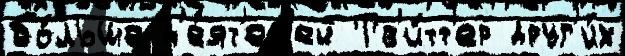
бо́льше д'е́ят'ел'ей Тв'и́тт'ер друг'и́х